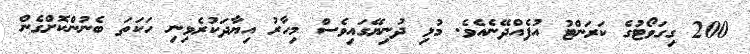
200 ގިގަވޯޓުގެ ކަރަންޓު އުފެއްދޭނެއެވެ. މުޅި ދުނިޔޭގައިވެސް މިހާރު އިޔާދަކުރެވިނި ހަކަތަ ބެނުންކޮށްގެން